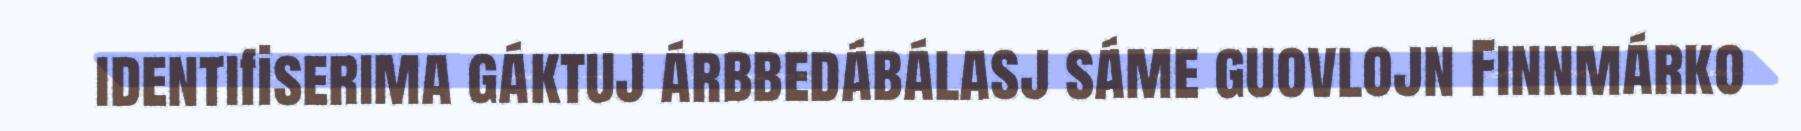
identifiserima gáktuj árbbedábálasj sáme guovlojn Finnmárko